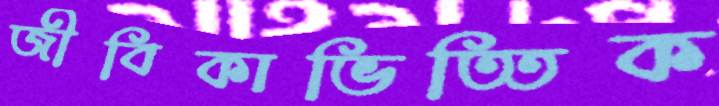
জীবিকাভিত্তিক